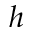
h